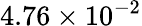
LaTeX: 4.76\times 10^{-2}